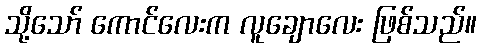
သို့သော် ကောင်လေးက လူချောလေး ဖြစ်သည်။